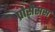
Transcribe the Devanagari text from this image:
प्रोसेसस